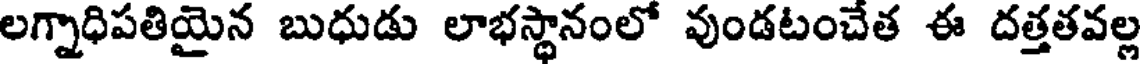
లగ్నాధిపతియైన బుధుడు లాభస్థానంలో వుండటంచేత ఈ దత్తతవల్ల